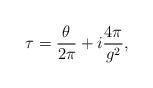
LaTeX: \begin{align*}\tau=\frac {\theta}{2 \pi} + i \frac { 4 \pi}{g^2} ,\end{align*}